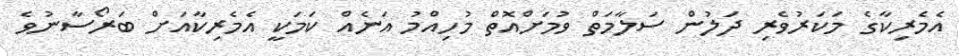
އެމެރިކާގެ މަކަރުވެރި ދަލުން ސަލާމަތް ވުމަށްއޮތް މުހިއްމު އަނެއް ކަމަކީ އެމެރިކާއަށް ބަރޯސާނުވެ